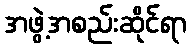
အဖွဲ့အစည်းဆိုင်ရာ